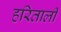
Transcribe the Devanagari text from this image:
हरिताली